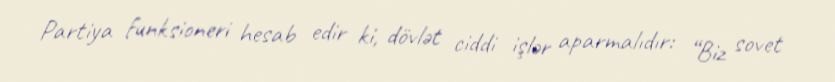
Partiya funksioneri hesab edir ki, dövlət ciddi işlər aparmalıdır: “Biz sovet